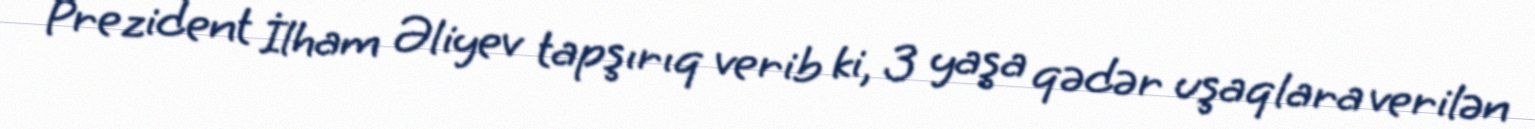
Prezident İlham Əliyev tapşırıq verib ki, 3 yaşa qədər uşaqlara verilən